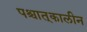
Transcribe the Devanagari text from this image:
पश्चात्‌कालीन